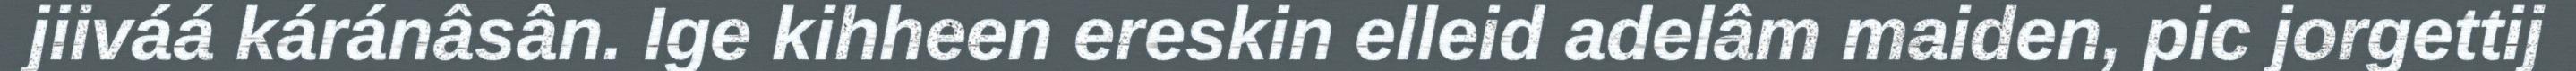
jiiváá káránâsân. Ige kihheen ereskin elleid adelâm maiden, pic jorgettij